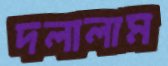
দলালাম